Report on lock hospitals in British Burma
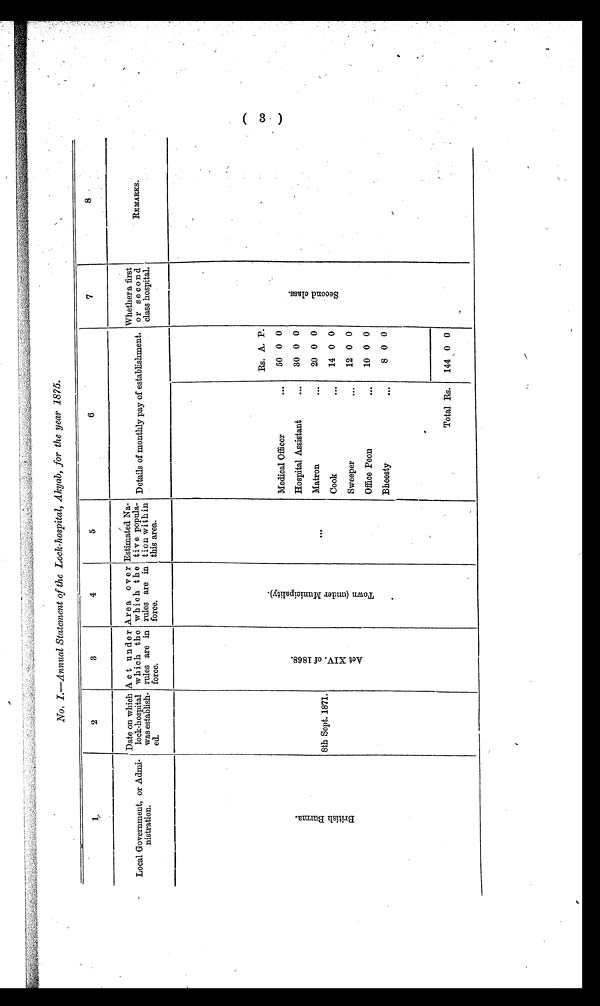
No. I.—Annual Statement of the Lock-hospital, Akyab, for the year 1875.
1
2
3
4
5
6
7
8
Local Government, or Admi
nistration.
Date on which
lock-hospital
was establish
ed.
Act under
which the
rules are in
force.
Area over
which t h e
rules are in
force.
Estimated Na
tiv e popula
t ion within
this area.
Details of monthly pay of establishment.
Whether a first
or s e c ond
class hospital.
REMARKS.
B r i t i s h B u r m a
8th Sept. 1871.
A c t X V I . o f 1 8 6 8 .
T o w n ( u n d e r M u l t i p l a l i t y ) .
. . .
Medical Officer
. . .
Hospital Assistant
. . .
Matron
. . .
Cook
. . .
Sweeper
. . .
Office Peon
. . .
B h e e s t y
Rs.
50
30
2 0
1 4
12
10
8
A.
0
0
0
0
0
P.
0
0
0
0
0
0
0
S e c o n d c l a s s .
( 3 )
Total Rs.
144 0 0